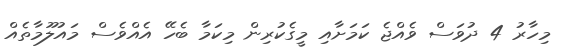
މިހާރު 4 ދުވަސް ވެއްޖެ ކަމަށާއި މީގެކުރިން މިކަމާ ބެހޭ އެއްވެސް މައުލޫމާތެއް